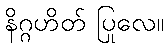
နိဂ္ဂဟိတ် ပြုလေ။